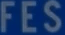
FES